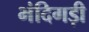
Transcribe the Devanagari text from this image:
भंदिगड़ी